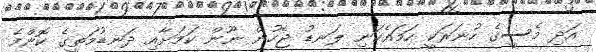
އަދި މެސީގެ ހުނަރަކީ ހަމައެކަނި ލަނޑު ޖެހުން ނޫން ކަމަށާއި ދަނޑުމަތީގެ ކޮންމެ